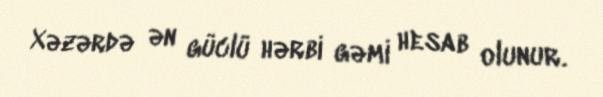
Xəzərdə ən güclü hərbi gəmi hesab olunur.